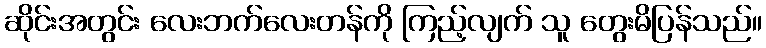
ဆိုင်းအတွင်း လေးဘက်လေးတန်ကို ကြည့်လျက် သူ တွေးမိပြန်သည်။